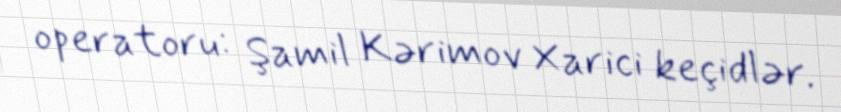
operatoru: Şamil Kərimov Xarici keçidlər.